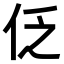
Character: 𠇖